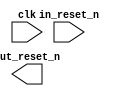
module rst_in (
		input  wire  clk,         //       clk.clk
		input  wire  in_reset_n,  //  in_reset.reset_n
		output wire  out_reset_n  // out_reset.reset_n
	);
endmodule